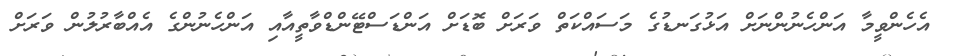
އެހެންވީމާ އަންހެނުންނަށް އަޅުގަނޑުގެ މަސައްކަތް ވަރަށް ބޮޑަށް އަންޑަސްޓޭންޑްވާތީއާއި އަންހެނުންގެ އެއްބާރުލުން ވަރަށް